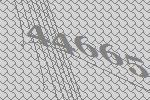
44665